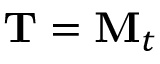
{ \bf T } = { \bf M } _ { t } { \bf \Psi }